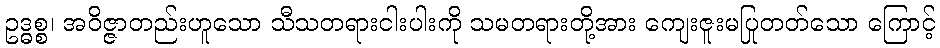
ဥဒ္ဓစ္စ၊ အဝိဇ္ဇာတည်းဟူသော သီသတရားငါးပါးကို သမတရားတို့အား ကျေးဇူးမပြုတတ်သော ကြောင့်